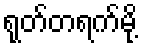
ရုတ်တရက်မို့